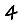
Digit: 4